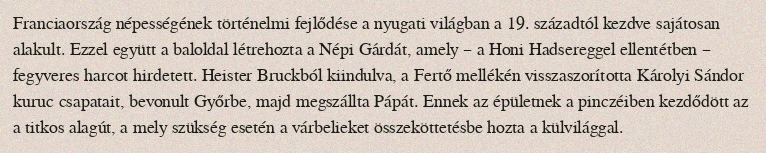
Franciaország népességének történelmi fejlődése a nyugati világban a 19. századtól kezdve sajátosan alakult. Ezzel együtt a baloldal létrehozta a Népi Gárdát, amely – a Honi Hadsereggel ellentétben – fegyveres harcot hirdetett. Heister Bruckból kiindulva, a Fertő mellékén visszaszorította Károlyi Sándor kuruc csapatait, bevonult Győrbe, majd megszállta Pápát. Ennek az épületnek a pinczéiben kezdődött az a titkos alagút, a mely szükség esetén a várbelieket összeköttetésbe hozta a külvilággal.